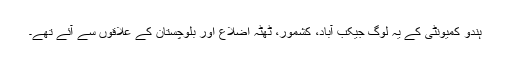
ہندو کمیونٹی کے یہ لوگ جیکب آباد، کشمور، ٹھٹہ اضلاع اور بلوچستان کے علاقوں سے آئے تھے۔